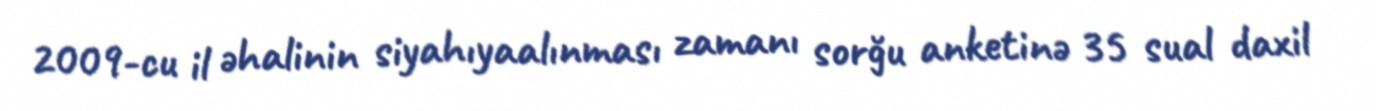
2009-cu il əhalinin siyahıyaalınması zamanı sorğu anketinə 35 sual daxil